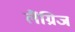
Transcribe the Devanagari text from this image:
लैंग्रिज